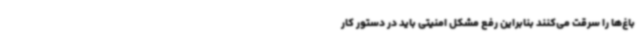
باغ‌ها را سرقت می‌کنند بنابراین رفع مشکل امنیتی باید در دستور کار